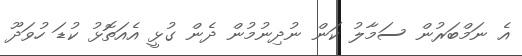
އެ ނަމްބަރުން ސަމާލު ކަން ނުދިނުމުން ދެން ގުޅީ އެއަތޮޅު ކުޑަ ހުވަދޫ